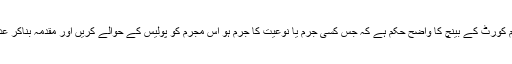
ایک سوال کے جواب میں اُنھوں نے کہا کہ سپریم کورٹ کے بینچ کا واضح حکم ہے کہ جِس کسی جرم یا نوعیت کا جرم ہو اُس مجرم کو پولیس کے حوالے کریں اور مقدمہ بناکر عدالت کی طرف سے جو بھی سزا ہے (وہ دلوائیں)۔